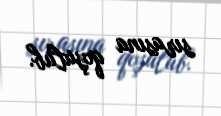
sırasına qoşulub.